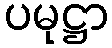
ပမုဋ္ဌာ